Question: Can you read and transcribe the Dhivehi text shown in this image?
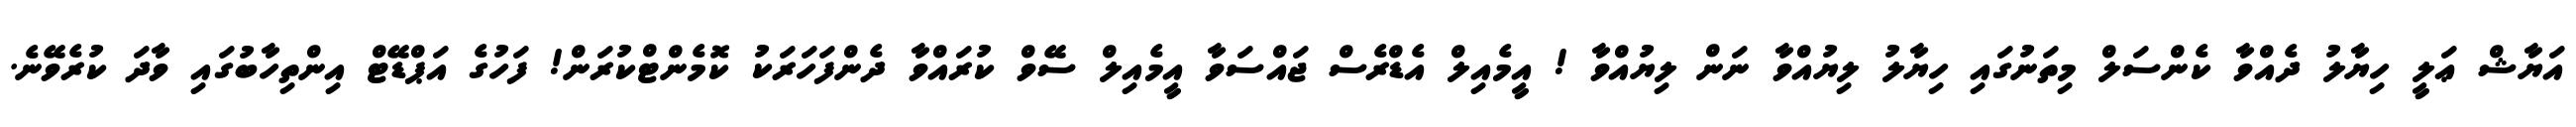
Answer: އަޔާޝް ޢަލީ ހިޔާލު ދެއްވާ ކެންސަލް މިތަނުގައި ހިޔާލު ލިޔުއްވާ ނަން ލިޔުއްވާ ! އީމެއިލް އެޑްރެސް ޖައްސަވާ އީމެއިލް ސޭވް ކުރައްވާ ދެންފަހަރަކު ކޮމެންޓްކުރަން! ފަހުގެ އަޕްޑޭޓް އިންތިހާބުގައި ވާދަ ކުރެވޭނެ.